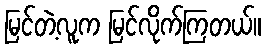
မြင်တဲ့လူက မြင်လိုက်ကြတယ်။